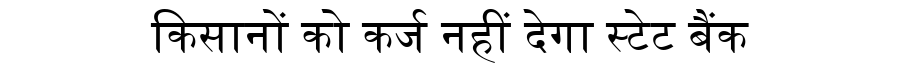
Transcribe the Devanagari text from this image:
किसानों को कर्ज नहीं देगा स्टेट बैंक